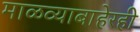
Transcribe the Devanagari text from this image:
माळव्याबाहेरही